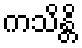
ကသိန္တိ